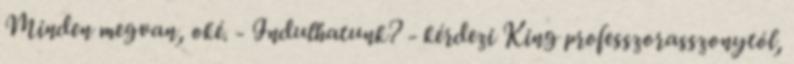
Minden megvan, oké. - Indulhatunk? - kérdezi King professzorasszonytól,